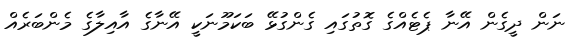
ނަން ދީގެން އޭނާ ޕެޓެއްގެ ގޮތުގައި ގެންގުޅޭ ބަކަމޫނަކީ އޭނާގެ އާއިލާގެ މެންބަރެއް